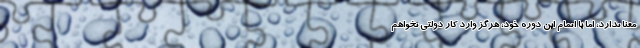
معنا ندارد، اما با اتمام این دوره خود، هرگز وارد کار دولتی نخواهم